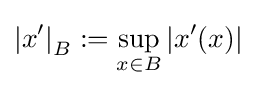
\left|x^{\prime }\right|_{B}:=\sup _{x\in B}\left|x^{\prime }(x)\right|